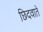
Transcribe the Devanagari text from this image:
छिदवाते